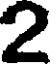
2